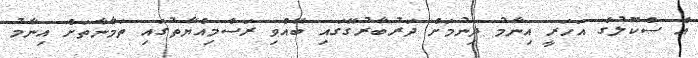
އެ ސްކޫލުގެ އަހަރީ އިނާމު ދިނުމަށް ދަރުބާރުގޭގައި ބޭއްވި ރަސްމިއްޔާތުގައި ތަމާނާތަށް އިނާމު